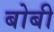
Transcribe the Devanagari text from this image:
बोबी